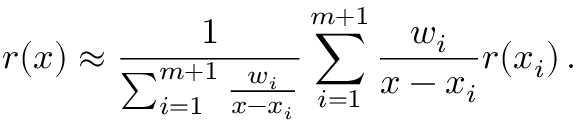
r ( x ) \approx \frac { 1 } { \sum _ { i = 1 } ^ { m + 1 } \frac { w _ { i } } { x - x _ { i } } } \sum _ { i = 1 } ^ { m + 1 } \frac { w _ { i } } { x - x _ { i } } r ( x _ { i } ) \, .